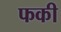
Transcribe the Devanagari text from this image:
फकी